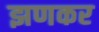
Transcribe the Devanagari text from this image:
झणकर